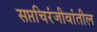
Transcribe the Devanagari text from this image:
सप्तचिरंजीवांतील